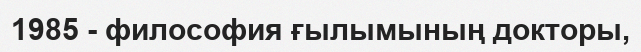
1985 - философия ғылымының докторы,